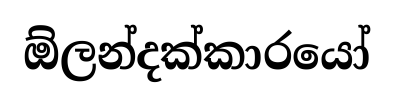
ඕලන්දක්කාරයෝ